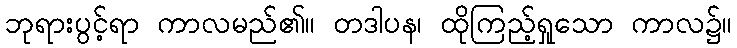
ဘုရားပွင့်ရာ ကာလမည်၏။ တဒါပန၊ ထိုကြည့်ရှုသော ကာလ၌။